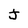
Character: J